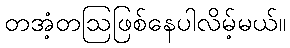
တအံ့တဩဖြစ်နေပါလိမ့်မယ်။